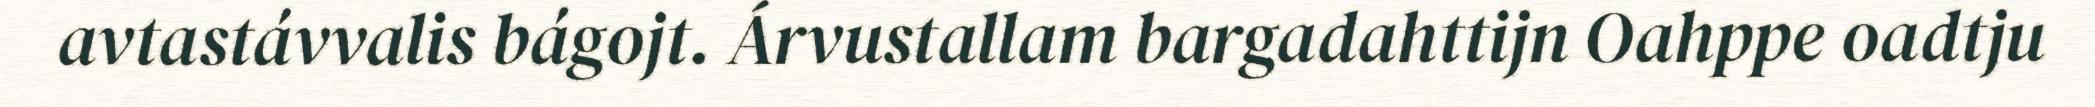
avtastávvalis bágojt. Árvustallam bargadahttijn Oahppe oadtju